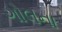
ગોલના